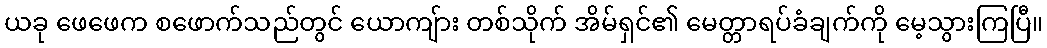
ယခု ဖေဖေက စဖောက်သည်တွင် ယောကျ်ား တစ်သိုက် အိမ်ရှင်၏ မေတ္တာရပ်ခံချက်ကို မေ့သွားကြပြီ။